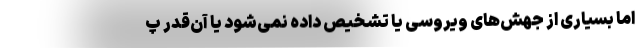
اما بسیاری از جهش‌‌های ویروسی یا تشخیص داده نمی‌‌شود یا آن‌‌قدر پ